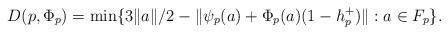
LaTeX: \begin{align*}D(p,\Phi_p) = \min\{3\lVert a\rVert/2 - \lVert \psi_p(a)+\Phi_p(a)(1-h_p^+)\rVert : a\in F_p\}.\end{align*}